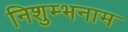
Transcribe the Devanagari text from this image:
निशुम्भनाम